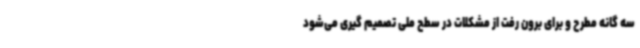
سه گانه مطرح و برای برون رفت از مشکلات در سطح ملی تصمیم گیری می‌شود